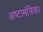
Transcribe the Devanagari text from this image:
अष्टामंत्रिका